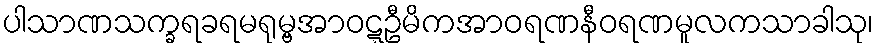
ပါသာဏသက္ခရခရမရုမ္ဗအာဝဋ္ဋဦမိကအာဝရဏနီဝရဏမူလကသာခါသု၊